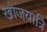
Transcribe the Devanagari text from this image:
खोजयात्रि